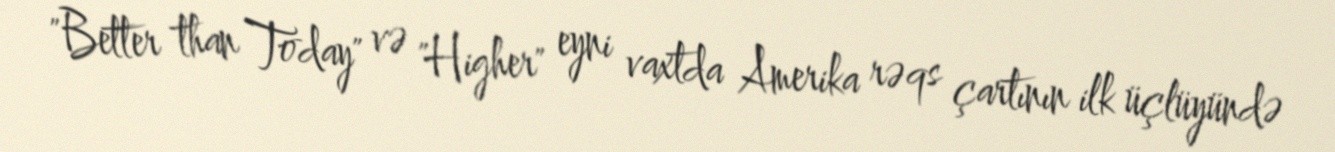
"Better than Today" və "Higher" eyni vaxtda Amerika rəqs çartının ilk üçlüyündə